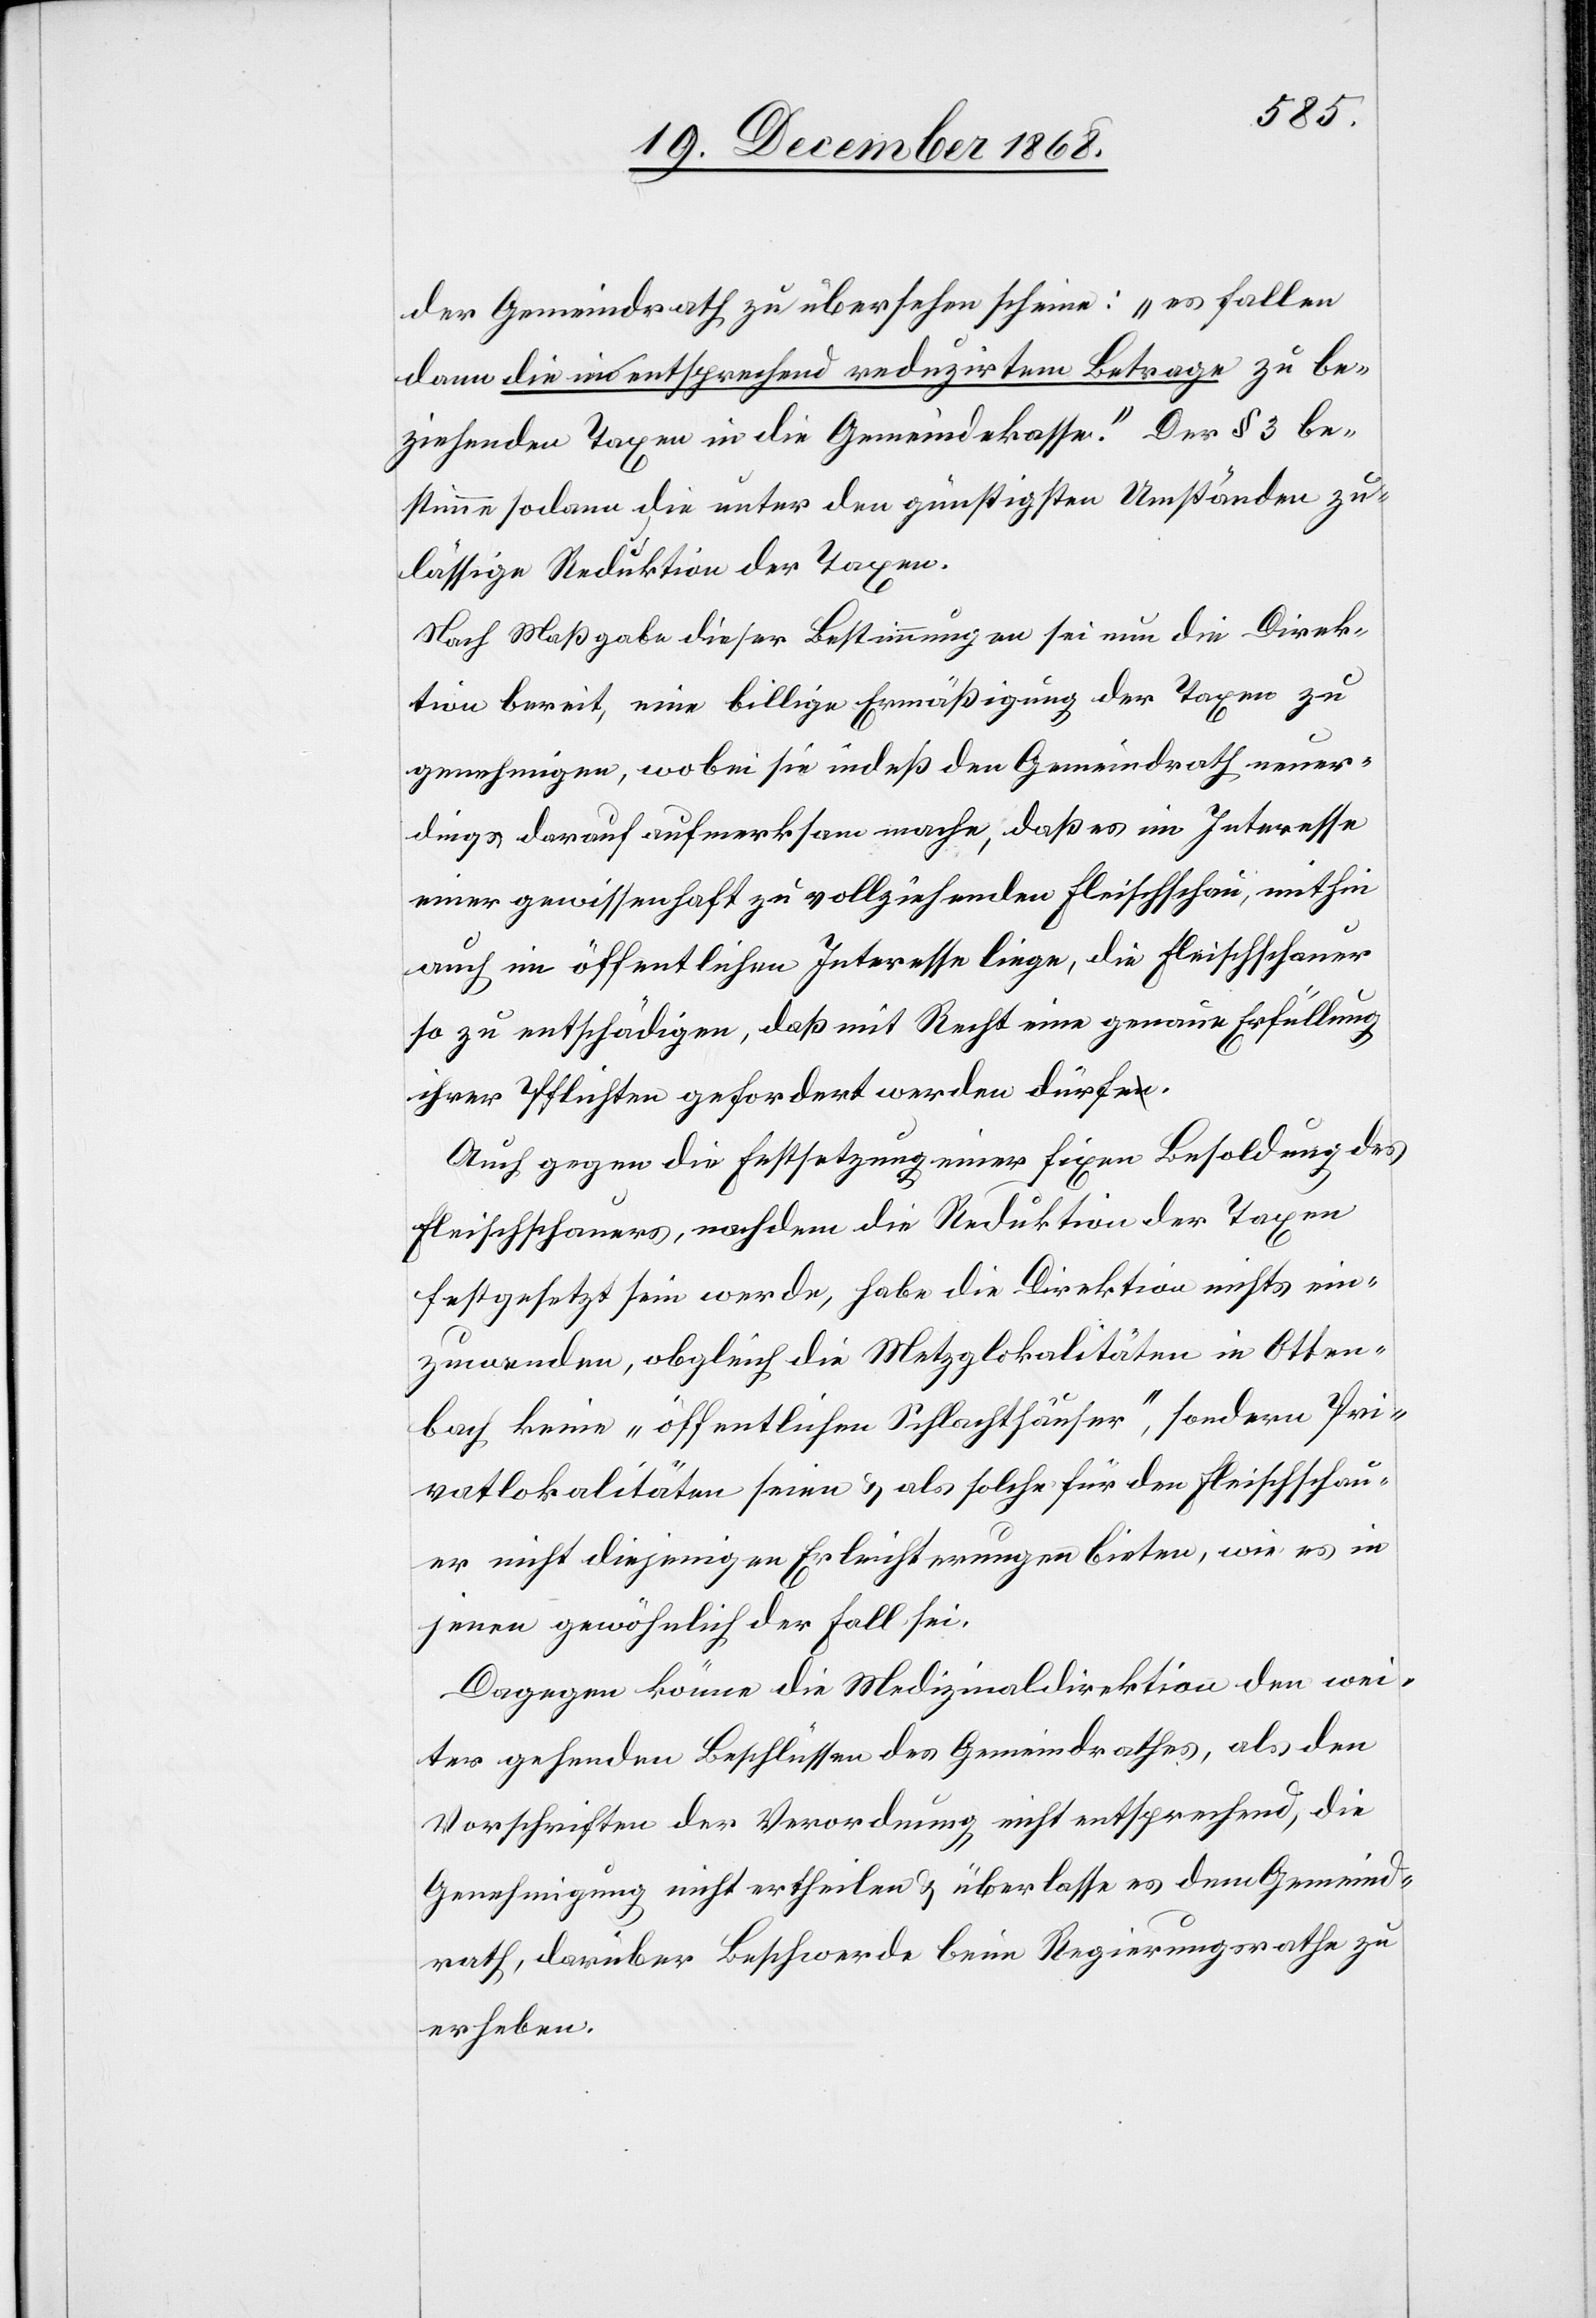
der Gemeindrath zu übersehen scheine: „es fallen
dann die in entsprechend reduzirtem Betrage zu be¬
ziehenden Taxen in die Gemeindekasse.“ Der § 3 be¬
stimme sodann die unter den günstigsten Umständen zu¬
lässige Reduktion der Taxen.
Nach Maßgabe dieser Bestimmungen sei nun die Direk¬
tion bereit, eine billige Ermäßigung der Taxen zu
genehmigen, wobei sie indeß den Gemeindrath neuer¬
dings darauf aufmerksam mache, daß es im Interesse
einer gewissenhaft zu vollziehenden Fleischschau, mithin
auch im öffentlichen Interesse liege, die Fleischschauer
so zu entschädigen, daß mit Recht eine genaue Erfüllung
ihrer Pflichten gefordert werden dürfe.
Auch gegen die Festsetzung einer fixen Besoldung des
Fleischschauers, nachdem die Reduktion der Taxen
festgesetzt sein werde, habe die Direktion nichts ein¬
zuwenden, obgleich die Metzglokalitäten in Otten¬
bach keine „öffentlichen Schlachthäuser“, sondern Pri¬
vatlokalitäten seien & als solche für den Fleischschau¬
er nicht diejenigen Erleichterungen bieten, wie es in
jenen gewöhnlich der Fall sei.
Dagegen könne die Medizinaldirektion den wei¬
ter gehenden Beschlüssen des Gemeindrathes, als den
Vorschriften der Verordnung nicht entsprechend, die
Genehmigung nicht ertheilen & überlasse es dem Gemeind¬
rath, darüber Beschwerde beim Regierungsrathe zu
erheben.